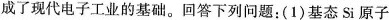
成了现代电子工业的基础。回答下列问题：(1)基态Si原子